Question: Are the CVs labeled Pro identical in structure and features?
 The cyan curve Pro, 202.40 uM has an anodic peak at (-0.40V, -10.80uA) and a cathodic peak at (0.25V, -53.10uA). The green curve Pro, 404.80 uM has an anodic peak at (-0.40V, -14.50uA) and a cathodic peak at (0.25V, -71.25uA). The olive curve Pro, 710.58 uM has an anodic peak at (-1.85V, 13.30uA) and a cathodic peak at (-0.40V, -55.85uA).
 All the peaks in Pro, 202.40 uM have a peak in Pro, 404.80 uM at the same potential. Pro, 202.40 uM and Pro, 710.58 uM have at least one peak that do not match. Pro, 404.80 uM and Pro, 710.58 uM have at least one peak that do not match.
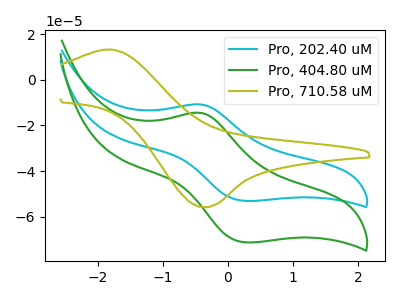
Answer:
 <answer>All the CV's of "Pro" have similar shape.</answer>
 <eval>follow_rule</eval>